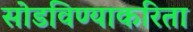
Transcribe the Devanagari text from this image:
सोडविण्‍याकरिता